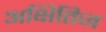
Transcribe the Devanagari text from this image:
अक्षितिज